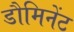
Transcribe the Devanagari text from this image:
डौमिनेंट